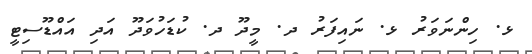
ޅ. ހިންނަވަރު ޅ. ނައިފަރު ދ. މީދޫ ދ. ކުޑަހުވަދޫ އަދި އައްޑޫސިޓީ